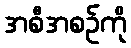
အစီအစဉ်ကို